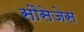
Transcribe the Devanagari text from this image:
सौसेजेस